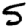
Digit: 5